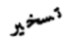
تسخير